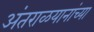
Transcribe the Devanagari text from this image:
अंतराळयानांच्या